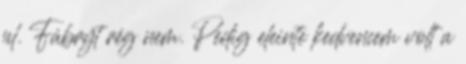
pl. Fábryt rég nem. Pedig eleinte kedvencem volt a